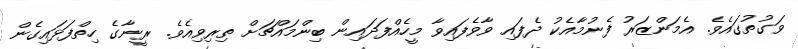
ވަގުތުގައެވެ. އެމަންޒަރު ފެނުމާއެކު ދެފައި ވާވެފައިވާ މީހެއްފަދައިން ބިންމައްޗަށް ތިރިވިއެވެ. ރީނާގެ ހިތްފަޅައިގެން